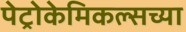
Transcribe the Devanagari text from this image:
पेट्रोकेमिकल्सच्या